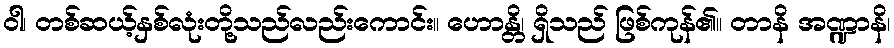
ဝါ၊ တစ်ဆယ့်နှစ်လုံးတို့သည်လည်းကောင်း။ ဟောန္တိ၊ ရှိသည် ဖြစ်ကုန်၏။ တာနိ အဏ္ဍာနိ၊